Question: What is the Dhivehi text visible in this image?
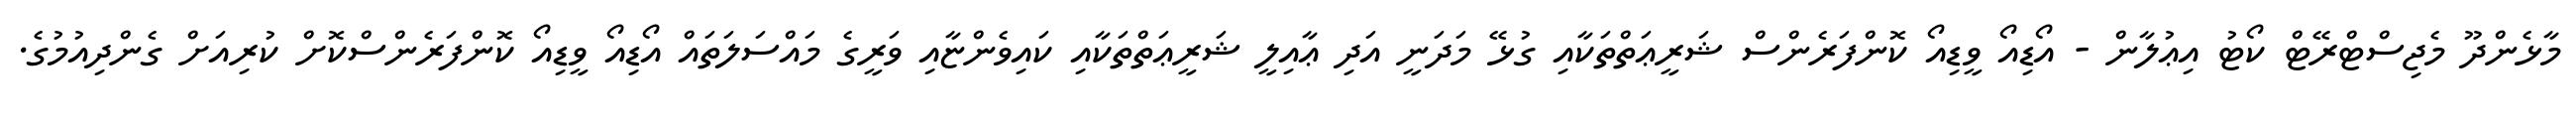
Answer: މާޅެންދޫ މެޖިސްޓްރޭޓް ކޯޓު އިޢުލާން - އޯޑިއޯ ވީޑިއޯ ކޮންފަރެންސް ޝަރީޢަތްތަކާއި ގުޅޭ މަދަނީ އަދި ޢާއިލީ ޝަރީޢަތްތަކާއި ކައިވެންޏާއި ވަރީގެ މައްސަލަތައް އޯޑިއޯ ވީޑިއޯ ކޮންފަރެންސްކޮށް ކުރިއަށް ގެންދިއުމުގެ.